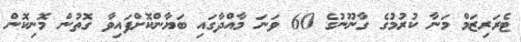
ޓެރަރިޒަމް މަނާ ކުރުމުގެ ގާނޫނުގެ 60 ވަނަ މާއްދާގައި ބަޔާންކޮށްފައިވާ ގޮތުން މޮނިކޮން